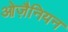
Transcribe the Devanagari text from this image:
ओज़ैनियन